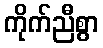
ကိုက်ညီစွာ